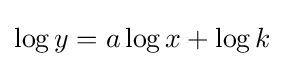
\log y=a\log x+\log k